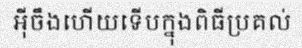
អ៊ីចឹងហើយទើបក្នុងពិធីប្រគល់